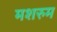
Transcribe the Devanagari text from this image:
मशरुम